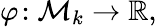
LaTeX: \varphi\! :{\mathcal M}_{k}\to{\mathbb R},